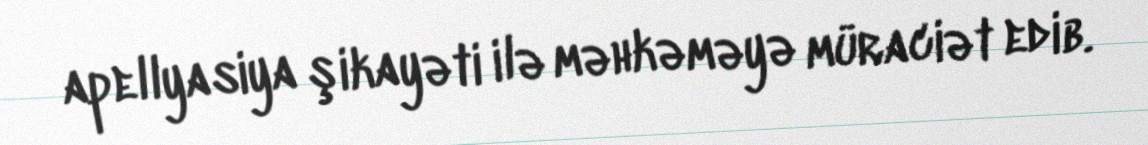
apellyasiya şikayəti ilə məhkəməyə müraciət edib.